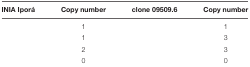
<table><thead><tr><td><b>INIA Iporá</b></td><td><b>Copy number</b></td><td><b>clone 09509.6</b></td><td><b>Copy number</b></td></tr></thead><tbody><tr><td>[EMPTY_CELL]</td><td>1</td><td>[EMPTY_CELL]</td><td>1</td></tr><tr><td>[EMPTY_CELL]</td><td>1</td><td>[EMPTY_CELL]</td><td>3</td></tr><tr><td>[EMPTY_CELL]</td><td>2</td><td>[EMPTY_CELL]</td><td>3</td></tr><tr><td>[EMPTY_CELL]</td><td>0</td><td>[EMPTY_CELL]</td><td>0</td></tr></tbody></table>